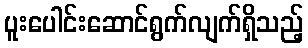
ပူးပေါင်းဆောင်ရွက်လျက်ရှိသည့်